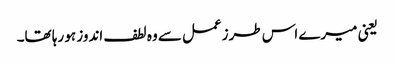
یعنی میرے اس طرزعمل سے وہ لطف اندوز ہو رہا تھا۔